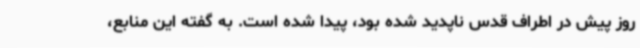
روز پیش در اطراف قدس ناپدید شده بود، پیدا شده است. به گفته این منابع،